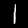
Digit: 1